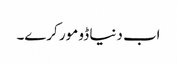
اب دنیا ڈو مور کرے۔